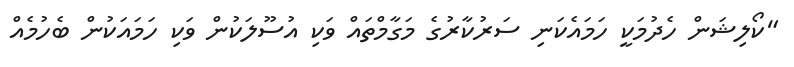
"ކޯލިޝަން ހެދުމަކީ ހަމައެކަނި ސަރުކާރުގެ މަގާމްތައް ވަކި އުސޫލަކުން ވަކި ހަމައަކުން ބެހުމެއް